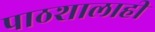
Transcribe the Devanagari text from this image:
पाठशालाही